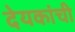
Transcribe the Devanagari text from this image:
देयकांची